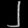
Digit: ၂